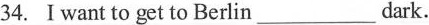
34.I want to get to Berlin ___ dark.